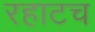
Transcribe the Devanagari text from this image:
रहाटच